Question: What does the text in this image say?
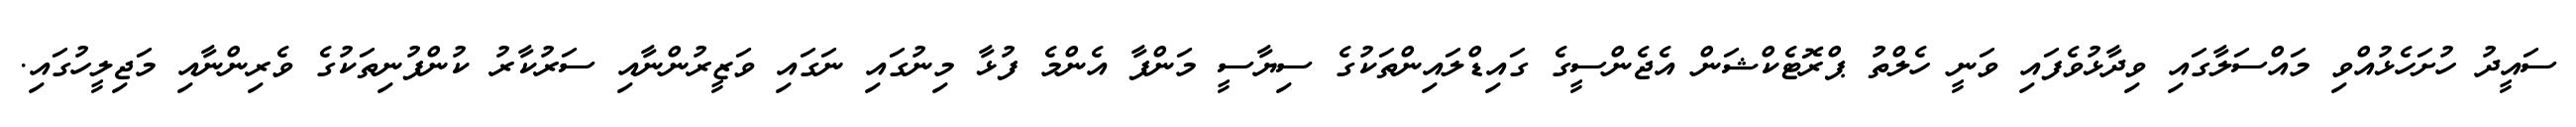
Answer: ސައީދު ހުށަހެޅުއްވި މައްސަލާގައި ވިދާޅުވެފައި ވަނީ ހެލްތު ޕްރޮޓެކްޝަން އެޖެންސީގެ ގައިޑްލައިންތަކުގެ ސިޔާސީ މަންފާ އެންމެ ފުޅާ މިނުގައި ނަގައި ވަޒީރުންނާއި ސަރުކާރު ކުންފުނިތަކުގެ ވެރިންނާއި މަޖިލީހުގައި.